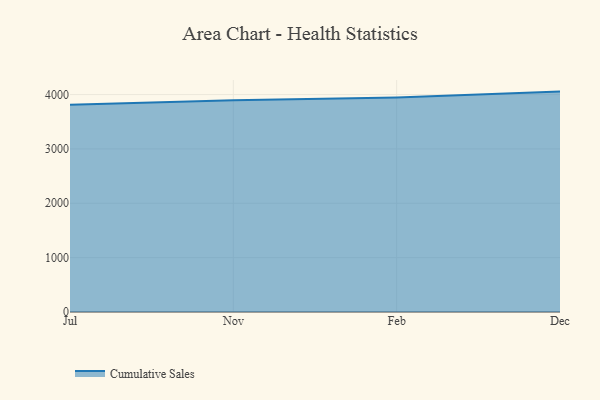
{"axis": {"x": "Month", "y": "Customer Acquisition Cost (USD)"}, "legend": ["Cumulative Sales"], "data": [{"x": "Jul", "y": 3814.5, "type": "Cumulative Sales"}, {"x": "Nov", "y": 3897.1, "type": "Cumulative Sales"}, {"x": "Feb", "y": 3948.2, "type": "Cumulative Sales"}, {"x": "Dec", "y": 4054.7, "type": "Cumulative Sales"}]}